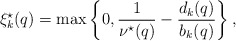
\begin{align*} \xi_k^{\star} (q) = \max \left\{0, \frac{1}{\nu^{\star}(q)} - \frac{d_k (q)}{b_k (q)} \right\}, \end{align*}